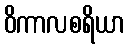
ဝိကာလစရိယာ